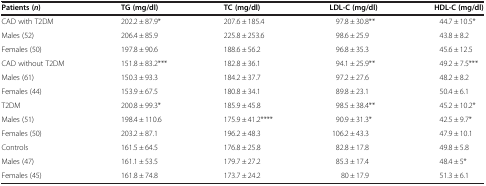
| Patients (n) | TG (mg/dl) | TC (mg/dl) | LDL-C (mg/dl) | HDL-C (mg/dl) |
 | --- | --- | --- | --- | --- |
 | CAD with T2DM | 202.2 ± 87.9* | 207.6 ± 185.4 | 97.8 ± 30.8** | 44.7 ± 10.5* |
 | Males (52) | 206.4 ± 85.9 | 225.8 ± 253.6 | 98.6 ± 25.9 | 43.8 ± 8.2 |
 | Females (50) | 197.8 ± 90.6 | 188.6 ± 56.2 | 96.8 ± 35.3 | 45.6 ± 12.5 |
 | CAD without T2DM | 151.8 ± 83.2*** | 182.8 ± 36.1 | 94.1 ± 25.9** | 49.2 ± 7.5*** |
 | Males (61) | 150.3 ± 93.3 | 184.2 ± 37.7 | 97.2 ± 27.6 | 48.2 ± 8.2 |
 | Females (44) | 153.9 ± 67.5 | 180.8 ± 34.1 | 89.8 ± 23.1 | 50.4 ± 6.1 |
 | T2DM | 200.8 ± 99.3* | 185.9 ± 45.8 | 98.5 ± 38.4** | 45.2 ± 10.2* |
 | Males (51) | 198.4 ± 110.6 | 175.9 ± 41.2**** | 90.9 ± 31.3* | 42.5 ± 9.7* |
 | Females (50) | 203.2 ± 87.1 | 196.2 ± 48.3 | 106.2 ± 43.3 | 47.9 ± 10.1 |
 | Controls | 161.5 ± 64.5 | 176.8 ± 25.8 | 82.8 ± 17.8 | 49.8 ± 5.8 |
 | Males (47) | 161.1 ± 53.5 | 179.7 ± 27.2 | 85.3 ± 17.4 | 48.4 ± 5* |
 | Females (45) | 161.8 ± 74.8 | 173.7 ± 24.2 | 80 ± 17.9 | 51.3 ± 6.1 |